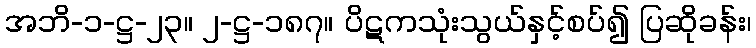
အဘိ-၁-ဋ္ဌ-၂၃။ ၂-ဋ္ဌ-၁၈၇။ ပိဋကသုံးသွယ်နှင့်စပ်၍ ပြဆိုခန်း၊